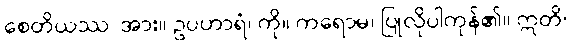
စေတိယဿ၊ အား။ ဥပဟာရံ၊ ကို။ ကရောမ၊ ပြုလိုပါကုန်၏။ ဣတိ၊